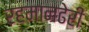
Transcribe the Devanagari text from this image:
रहमानढेरी